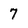
Character: 7